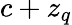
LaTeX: c+z_{q}